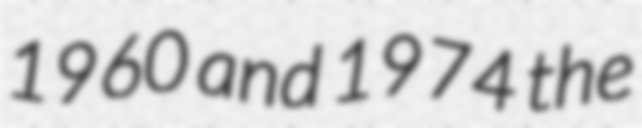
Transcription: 1960 and 1974 the